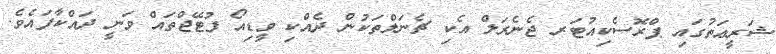
ޝަރީޢަތުގައި ޕްރޮސެކިއުޓަރ ޖެނެރަލް އެކި ޗެނަލްތަކުން ދެއްކި ވީޑިއޯ ފުޓޭޖްތައް ވަނީ ދައްކާފައެވެ.